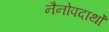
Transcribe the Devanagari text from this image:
नैनोपदार्थों